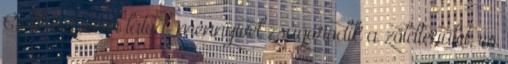
Csak azt nem látod, mennyivel zsugorodik a zöldterület, és